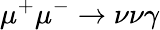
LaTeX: \mu^{+}\mu^{-}\to\nu\nu\gamma